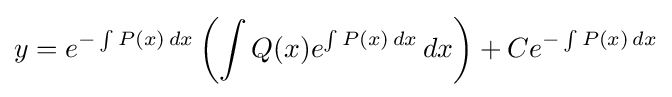
y=e^{-\int P(x)\,dx}\left(\int Q(x)e^{\int P(x)\,dx}\,dx\right)+Ce^{-\int P(x)\,dx}